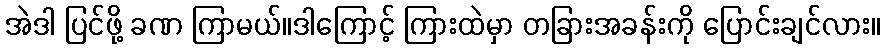
အဲဒါ ပြင်ဖို့ ခဏ ကြာမယ်။ဒါကြောင့် ကြားထဲမှာ တခြားအခန်းကို ပြောင်းချင်လား။